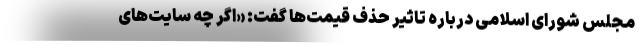
مجلس شورای اسلامی درباره تاثیر حذف قیمت‌ها گفت: «اگر چه سایت‌های